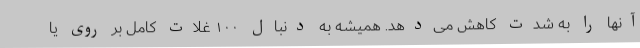
آنها را به شدت کاهش می‌دهد. همیشه به دنبال ۱۰۰ غلات کامل بر روی یا